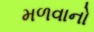
મળવાનો